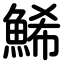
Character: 鯑